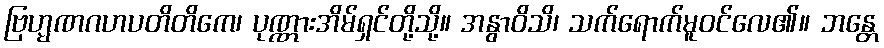
ဗြဟ္မဏဂဟပတိတိကေ၊ ပုဏ္ဏားအိမ်ရှင်တို့သို့။ အနွာဝိသိ၊ သက်ရောက်မူဝင်လေ၏။ ဘန္တေ